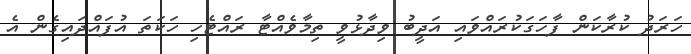
ހަރަދު ކުރާކަން ފާހަގަކުރައްވައި އަދީބު ވިދާޅުވީ ތިމާވެއްޓާ ރައްޓެހި ހަކަތަ އުފައްދައިގެން އެ